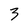
Character: 3